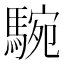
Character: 𩣵